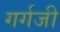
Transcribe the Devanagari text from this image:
गर्गजी